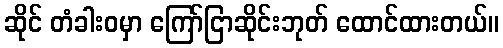
ဆိုင် တံခါးဝမှာ ကြော်ငြာဆိုင်းဘုတ် ထောင်ထားတယ်။